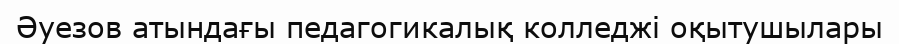
Әуезов атындағы педагогикалық колледжі оқытушылары